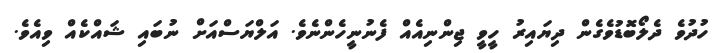
ހުދުވެ ދެލޯބޮޑުވެގެން ދިޔައިރު ހީވީ ޖިންނިއެއް ފެނުނީހެންނެވެ. އަލްޔަސްއަށް ނުބައި ޝައްކެއް ވިއެވެ.